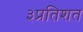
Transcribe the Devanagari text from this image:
३प्रतिशत